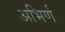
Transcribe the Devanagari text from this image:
अभिर्ण